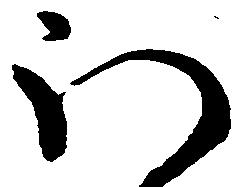
ほ